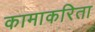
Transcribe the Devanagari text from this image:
कामाकरिता